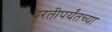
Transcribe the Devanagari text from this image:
परतीपर्यंतच्या